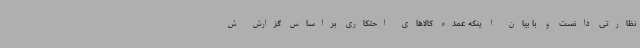
نظارتی دانست و با بیان ا ینکه عمده کالاهای احتکاری براساس گزارش ش